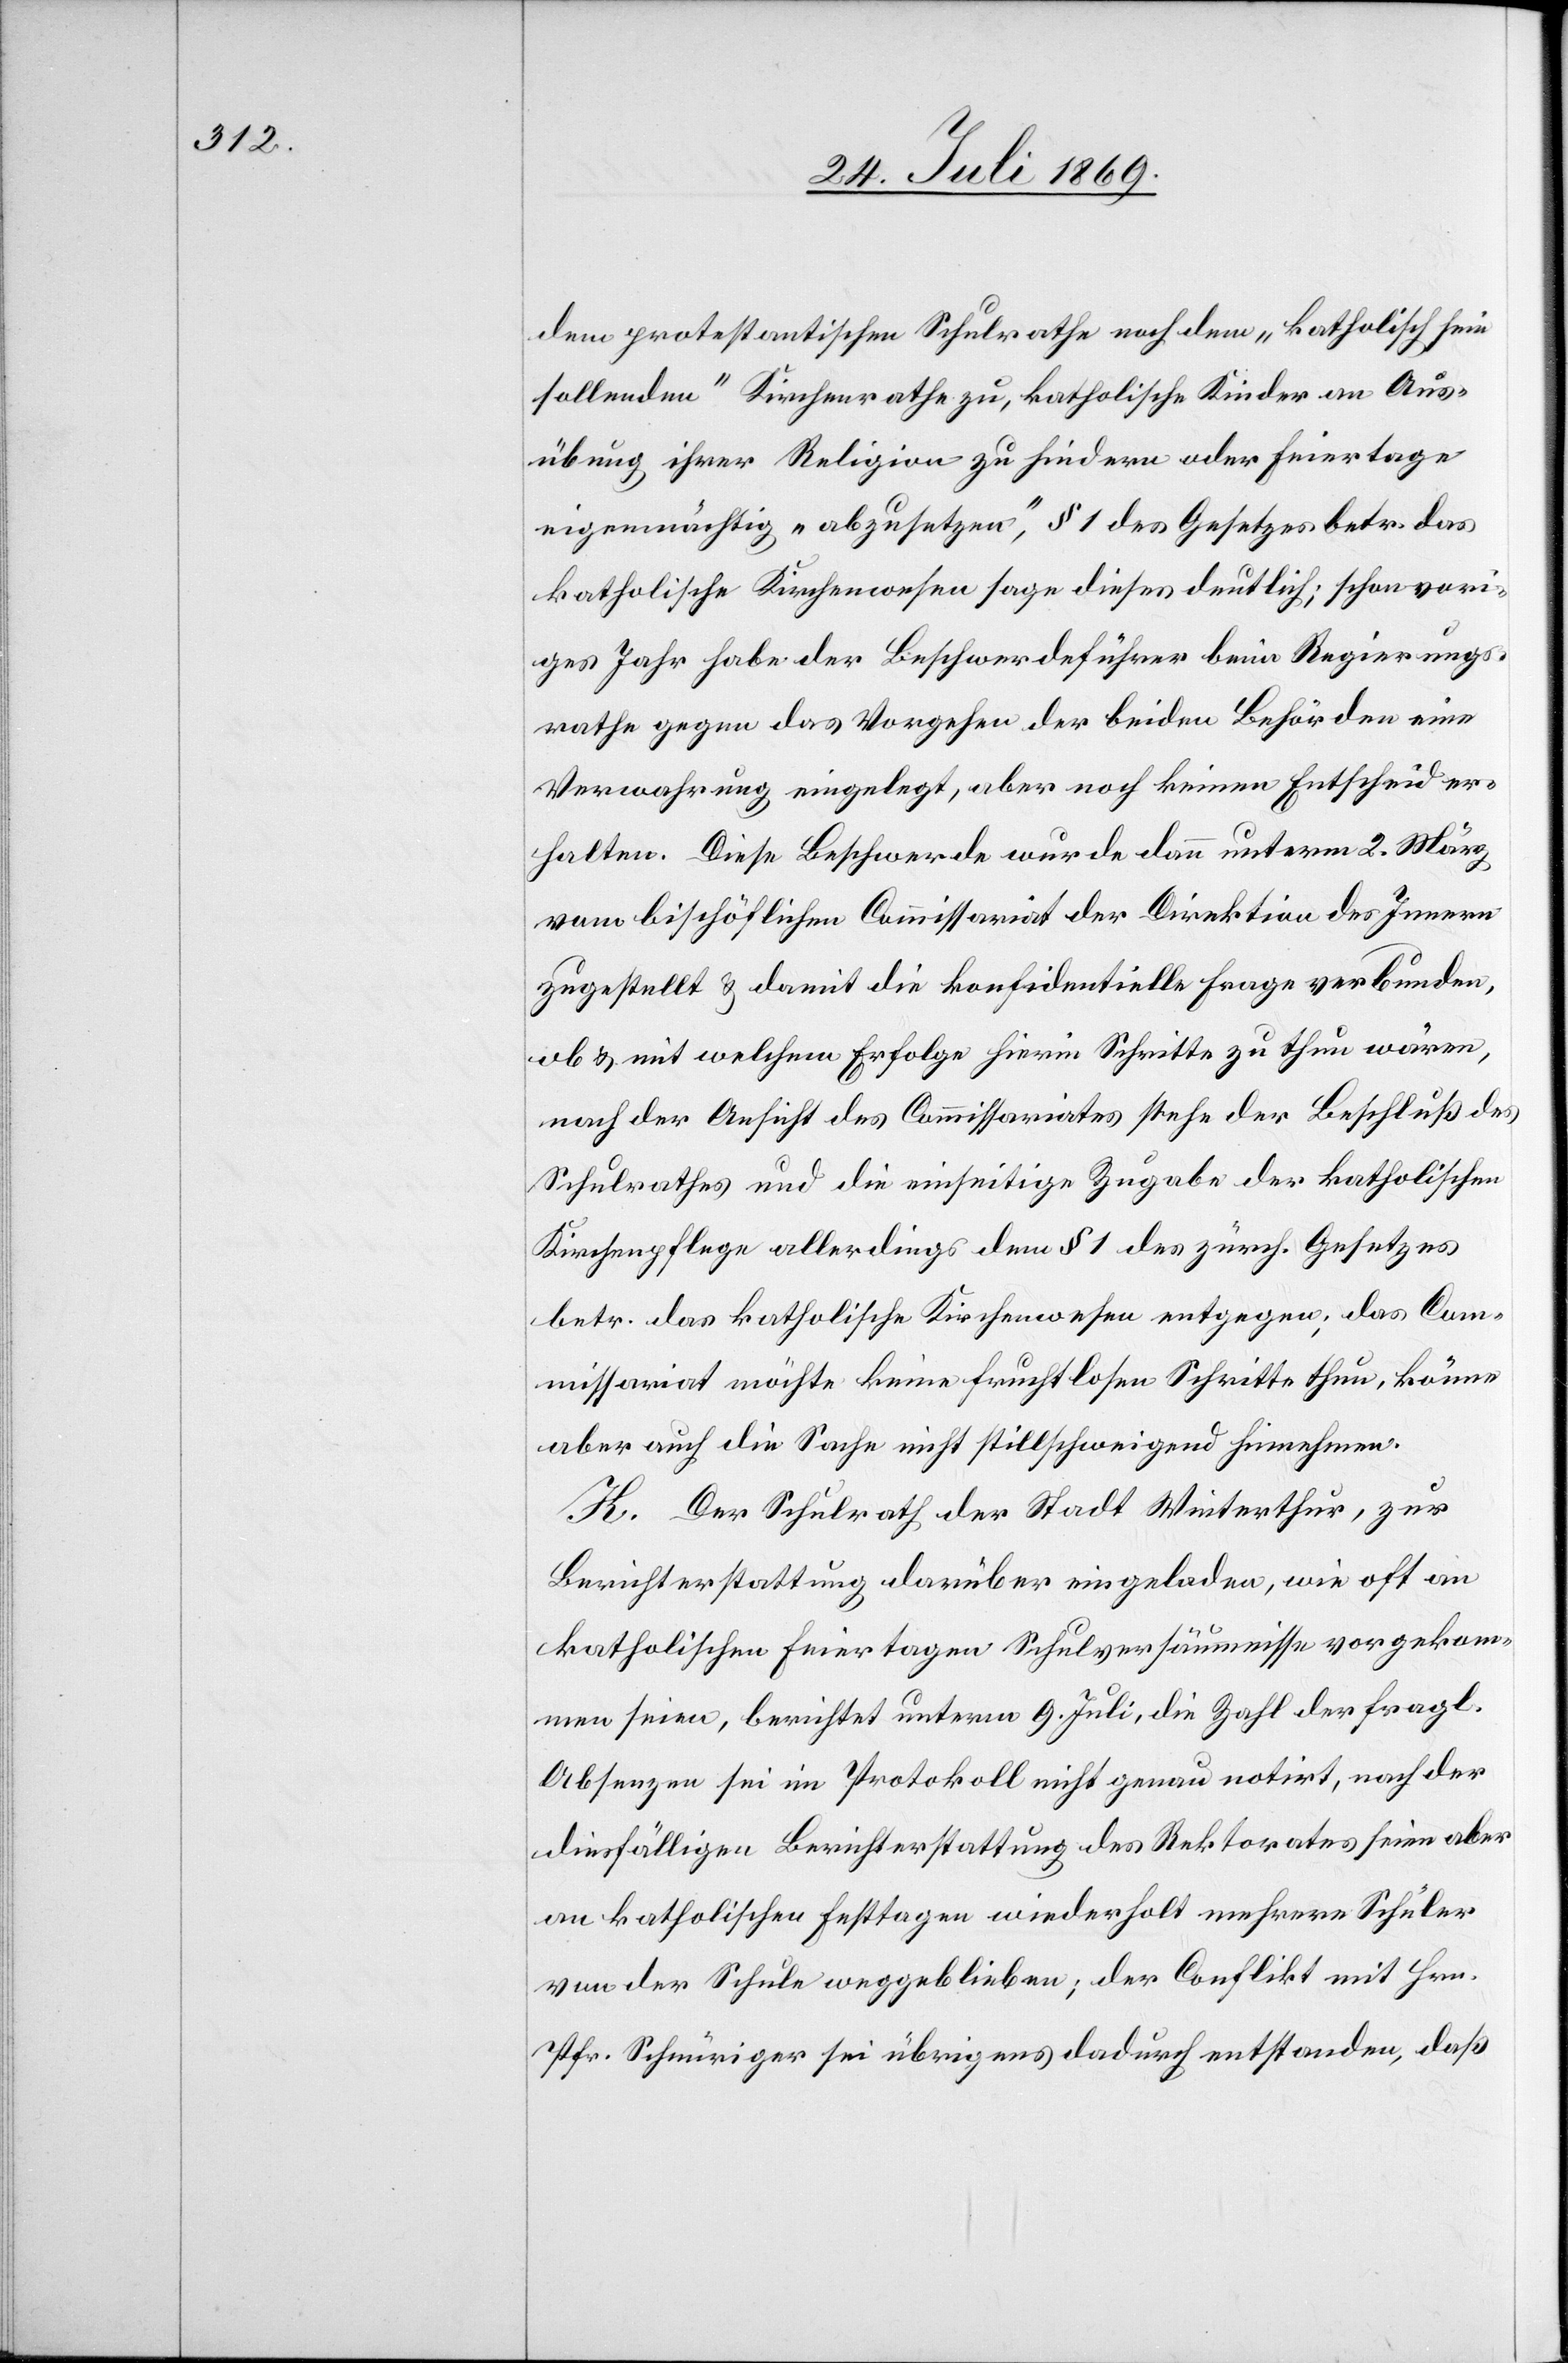
dem protestantischen Schulrathe noch dem „katholisch sein
sollenden“ Kirchenrathe zu, katholische Kinder an Aus¬
übung ihrer Religion zu hindern oder Feiertage
eigenmächtig „abzusetzen“, § 1 des Gesetzes betr. das
katholische Kirchenwesen sage dieses deutlich; schon vori¬
ges Jahr habe der Beschwerdeführer beim Regierungs¬
rathe gegen das Vorgehen der beiden Behörden eine
Verwahrung eingelegt, aber noch keinen Entscheid er¬
halten. Diese Beschwerde wurde dann unterm 2. März
vom bischöflichen Commissariat der Direktion des Innern
zugestellt u. damit die konfidentielle Frage verbunden,
ob u. mit welchem Erfolge hierin Schritte zu thun wären,
nach der Ansicht des Commissariates stehe der Beschluß des
Schulrathes und die einseitige Zugabe der katholischen
Kirchenpflege allerdings dem § 1 des zürch. Gesetzes
betr. das katholische Kirchenwesen entgegen, das Com¬
missariat möchte keine fruchtlosen Schritte thun, könne
aber auch die Sache nicht stillschweigend hinnehmen.
K. Der Schulrath der Stadt Winterthur, zur
Berichterstattung darüber eingeladen, wie oft an
katholischen Feiertagen Schulversäumnisse vorgekom¬
men seien, berichtet unterm 9. Juli, die Zahl der fragl.
Absenzen sei im Protokoll nicht genau notirt, nach der
diesfälligen Berichterstattung des Rektorates seien aber
an katholischen Festtagen wiederholt mehrere Schüler
von der Schule weggeblieben; der Conflikt mit Hrn.
Pfr. Schnüriger sei übrigens dadurch entstanden, daß